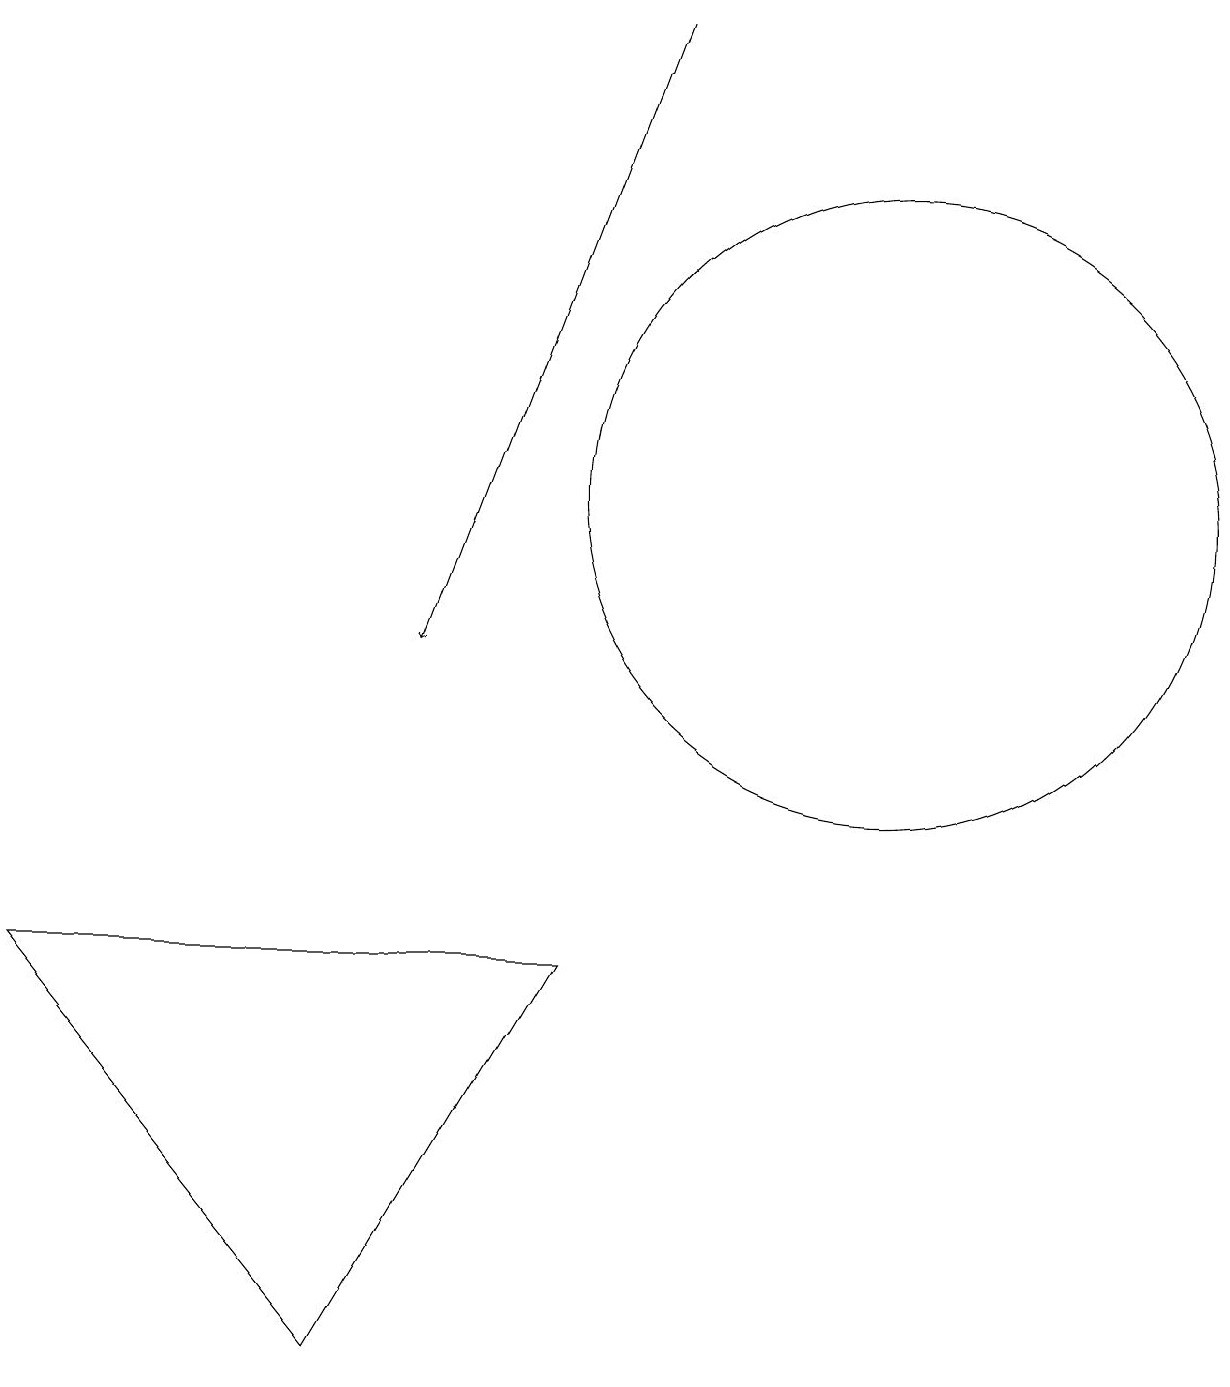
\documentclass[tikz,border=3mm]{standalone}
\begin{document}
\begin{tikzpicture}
\draw (7,6) -- (0,6) -- (4,1) -- cycle;
\draw (11,12) circle (4);
\draw[->] (8,18) -- (5,10);
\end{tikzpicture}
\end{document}